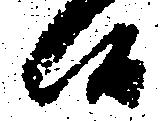
候